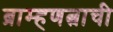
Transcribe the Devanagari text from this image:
ब्राम्हणत्वाची